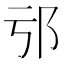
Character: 𨙱